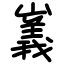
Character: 㠖